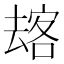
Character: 𱑫